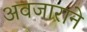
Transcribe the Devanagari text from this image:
अवजाराने